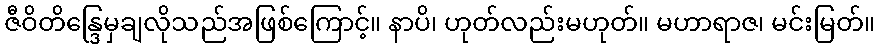
ဇီဝိတိန္ဒြေမှချလိုသည်အဖြစ်ကြောင့်။ နာပိ၊ ဟုတ်လည်းမဟုတ်။ မဟာရာဇ၊ မင်းမြတ်။